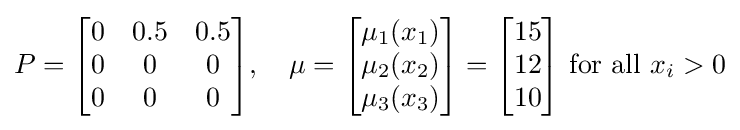
P={\begin{bmatrix}0&0.5&0.5\\0&0&0\\0&0&0\end{bmatrix}},\quad \mu ={\begin{bmatrix}\mu _{1}(x_{1})\\\mu _{2}(x_{2})\\\mu _{3}(x_{3})\end{bmatrix}}={\begin{bmatrix}15\\12\\10\end{bmatrix}}{\text{ for all }}x_{i}>0